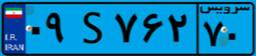
۰۹S۷۶۲۷۰